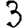
Digit: 3